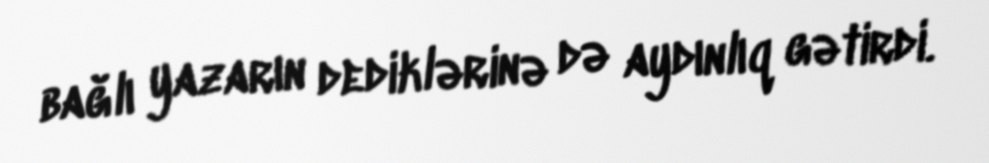
bağlı yazarın dediklərinə də aydınlıq gətirdi.